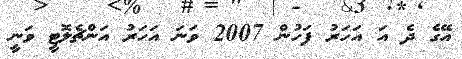
އޭގެ ދެ އަ އަހަރު ފަހުން 2007 ވަނަ އަހަރު އަންޗެލޮޓީ ވަނީ